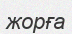
жорға